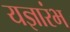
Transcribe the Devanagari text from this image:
यज्ञारंभ